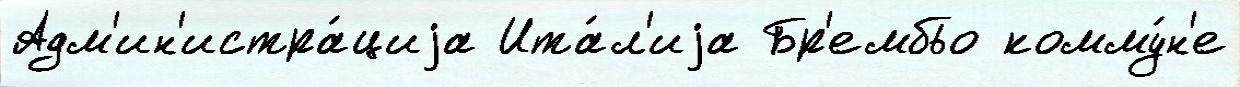
Адм'ин'истра́циjа Ита́л'иjа Бр'ембьо комму́н'е